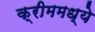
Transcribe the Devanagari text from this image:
क्रीममध्ये